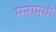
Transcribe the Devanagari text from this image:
मनामधी